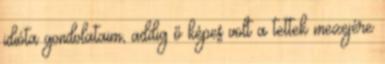
idióta gondolataim, addig ő képes volt a tettek mezejére